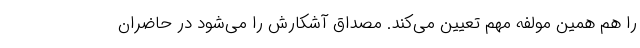
را هم همین مولفه مهم تعیین می‌کند. مصداق آشکارش را می‌شود در حاضران